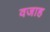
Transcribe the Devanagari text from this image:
वजाह